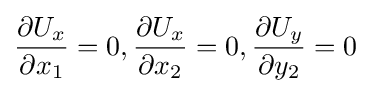
{\dfrac {\partial U_{x}}{\partial x_{1}}}=0,{\dfrac {\partial U_{x}}{\partial x_{2}}}=0,{\dfrac {\partial U_{y}}{\partial y_{2}}}=0